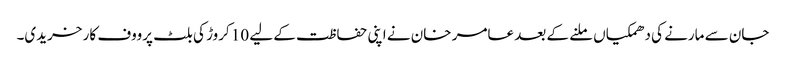
جان سے مارنے کی دھمکیاں ملنے کے بعد عامر خان نے اپنی حفاظت کے لیے 10 کروڑ کی بلٹ پرووف کار خریدی۔